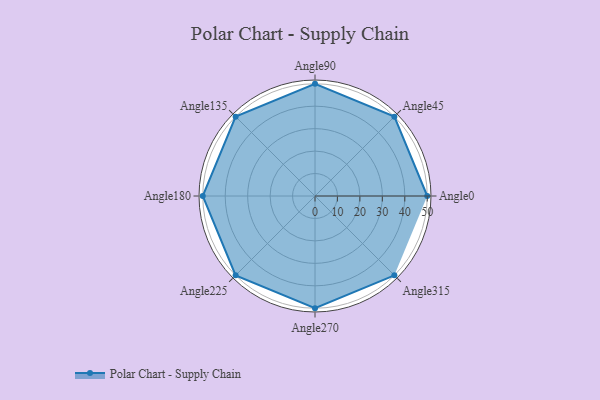
{"axis": {"x": "Angle", "y": "Radius"}, "legend": [""], "data": [{"x": "Angle0", "y": 50, "type": ""}, {"x": "Angle45", "y": 50, "type": ""}, {"x": "Angle90", "y": 50, "type": ""}, {"x": "Angle135", "y": 50, "type": ""}, {"x": "Angle180", "y": 50, "type": ""}, {"x": "Angle225", "y": 50, "type": ""}, {"x": "Angle270", "y": 50, "type": ""}, {"x": "Angle315", "y": 50, "type": ""}]}